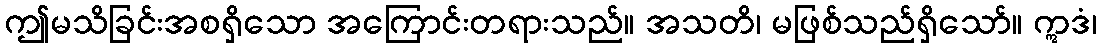
ဤမသိခြင်းအစရှိသော အကြောင်းတရားသည်။ အသတိ၊ မဖြစ်သည်ရှိသော်။ ဣဒံ၊